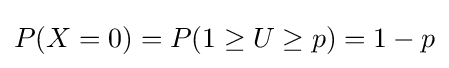
P(X=0)=P(1\geq U\geq p)=1-p